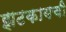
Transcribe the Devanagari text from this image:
झटकायची